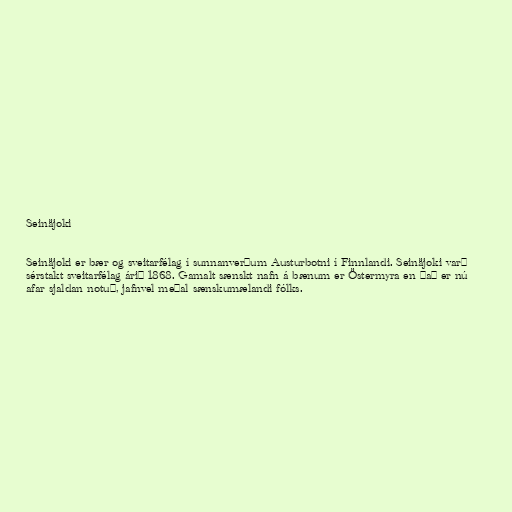
Seinäjoki

Seinäjoki er bær og sveitarfélag í sunnanverðum Austurbotni í Finnlandi. Seinäjoki varð
sérstakt sveitarfélag árið 1868. Gamalt sænskt nafn á bænum er Östermyra en það er nú
afar sjaldan notuð, jafnvel meðal sænskumælandi fólks.